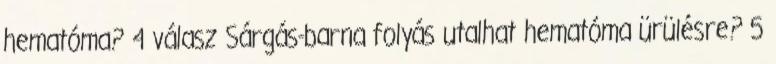
hematóma? 4 válasz Sárgás-barna folyás utalhat hematóma ürülésre? 5